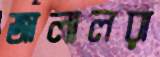
জালালরা